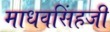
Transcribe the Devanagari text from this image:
माधवसिंहजी